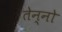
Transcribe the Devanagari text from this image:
तेन्नो